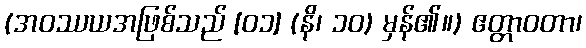
(အဝဿယအဖြစ်သည် [၀၁] (နိ၊ ၁၀) မှန်၏။) ဧတ္တာဝတာ၊